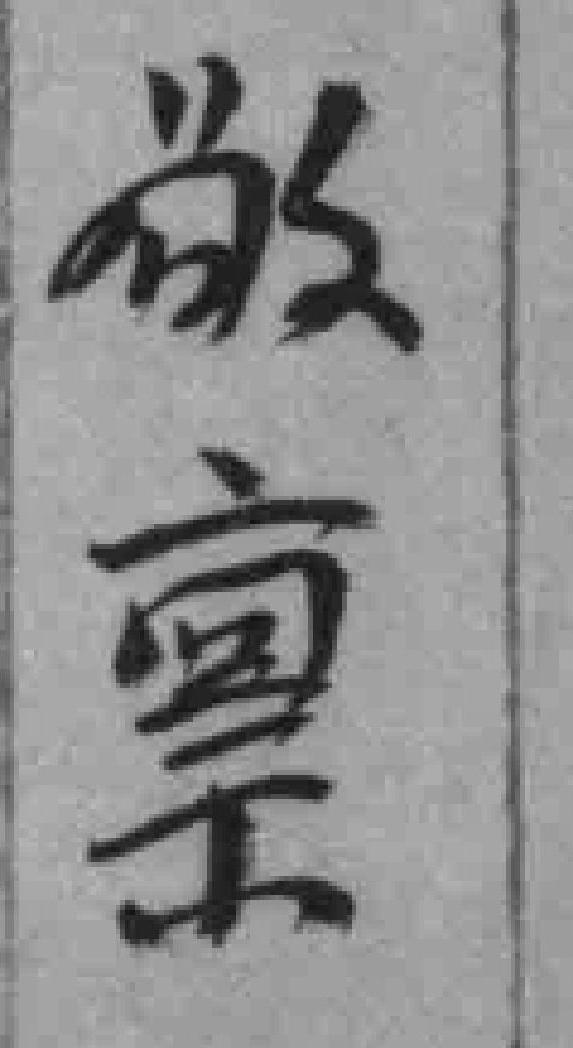
敬禀